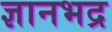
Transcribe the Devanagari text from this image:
ज्ञानभद्र